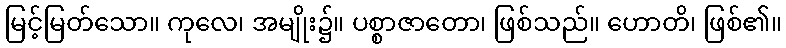
မြင့်မြတ်သော။ ကုလေ၊ အမျိုး၌။ ပစ္စာဇာတော၊ ဖြစ်သည်။ ဟောတိ၊ ဖြစ်၏။